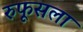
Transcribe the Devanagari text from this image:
रुफूसला